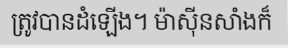
ត្រូវបានដំឡើង។ ម៉ាស៊ីនសាំងក៏